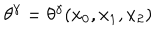
LaTeX: \theta ^ { \gamma } = \theta ^ { \gamma } ( x _ { 0 } , x _ { 1 } , x _ { 2 } )